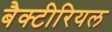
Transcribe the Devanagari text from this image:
बैक्‍टीरियल